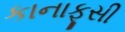
કાનાફૂસી